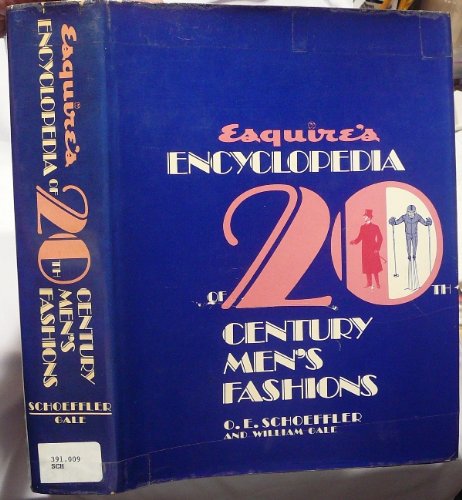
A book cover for Esquire's Encyclopedia of 20th Century Men's Fashions; O.E. Schoeffler; Health, Fitness & Dieting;